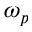
\omega _ { p }